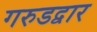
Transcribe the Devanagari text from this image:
गरुडद्वार